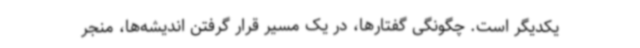
یکدیگر است. چگونگی گفتارها، در یک مسیر قرار گرفتن اندیشه‌ها، منجر